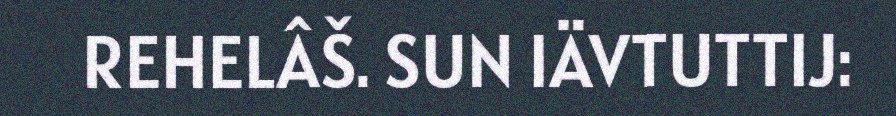
REHELÂŠ. SUN IÄVTUTTIJ: